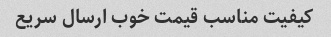
کیفیت مناسب قیمت خوب ارسال سریع